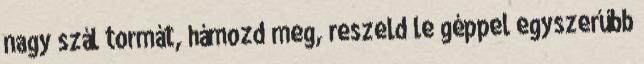
nagy szál tormát, hámozd meg, reszeld le géppel egyszerűbb